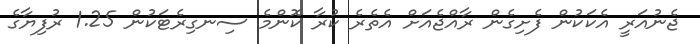
ޖެނުއަރީ އެކަކުން ފެށިގެން ރާއްޖެއަށް އެތެރެ ކުރާ ކޮންމެ ސިނގިރެޓަކުން 1.25 ރުފިޔާގެ